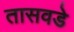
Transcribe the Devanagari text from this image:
तासवडे